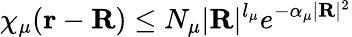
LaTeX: \chi_{\mu}(\mathbf{r}-\mathbf{R})\leq N_{\mu}|\mathbf{R}|^{l_{\mu}}e^{-\alpha_{\mu}|\mathbf{R}|^{2}}